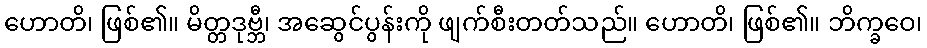
ဟောတိ၊ ဖြစ်၏။ မိတ္တဒုဗ္ဘီ၊ အဆွေင်ပွန်းကို ဖျက်စီးတတ်သည်။ ဟောတိ၊ ဖြစ်၏။ ဘိက္ခဝေ၊